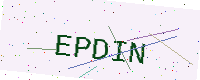
Text: EPDIN